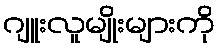
ဂျူးလူမျိုးများကို